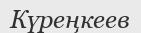
Күреңкеев